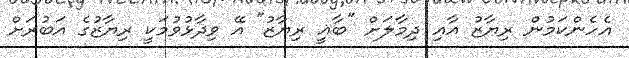
އެހެންކަމުން ރިޔާޒު އާއި ދިމާލަށް "ބާޣީ ރިޔާޒު" އޭ ވިދާޅުވުމަކީ ރިޔާޒުގެ އަބުރަށް